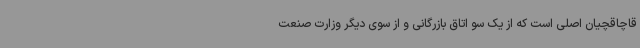
قاچاقچیان اصلی است که از یک سو اتاق بازرگانی و از سوی دیگر وزارت صنعت